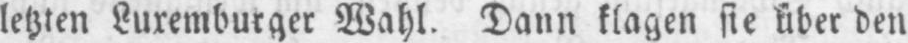
den